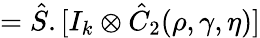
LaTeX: =\hat{S}.[I_{k}\otimes\hat{C}_{2}(\rho,\gamma,\eta)]